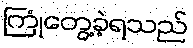
ကြုံတွေ့ခဲ့ရသည်